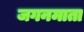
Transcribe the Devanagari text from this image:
जगनमाता